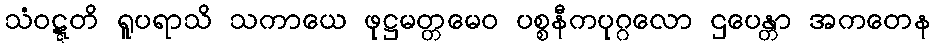
သံဝဋ္ဋတိ ရူပရာသိ သကာယေ ဖုဋ္ဌမတ္တမေဝ ပစ္စနီကပုဂ္ဂလော ဌပေန္တာ အကတေန